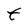
Character: t